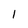
Character: 1